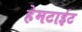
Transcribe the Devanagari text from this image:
हेमटाईट